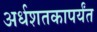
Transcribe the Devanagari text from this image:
अर्धशतकापर्यंत